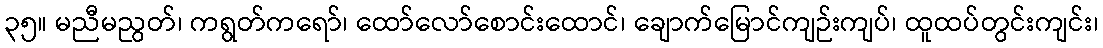
၃၅။ မညီမညွတ်၊ ကရွတ်ကရော်၊ ထော်လော်စောင်းထောင်၊ ချောက်မြောင်ကျဉ်းကျပ်၊ ထူထပ်တွင်းကျင်း၊